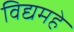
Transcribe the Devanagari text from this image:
विद्यमहे